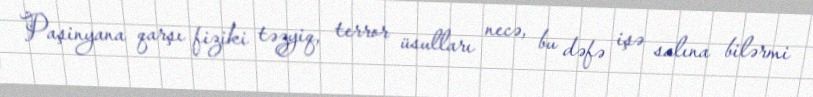
Paşinyana qarşı fiziki təzyiq, terror üsulları necə, bu dəfə işə salına bilərmi